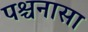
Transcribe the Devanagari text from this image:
पश्चनासा